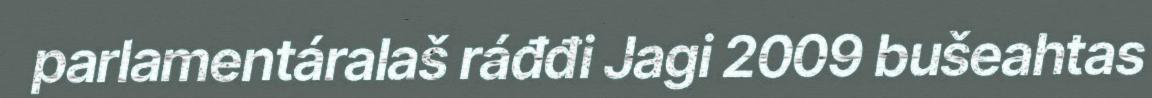
parlamentáralaš ráđđi Jagi 2009 bušeahtas